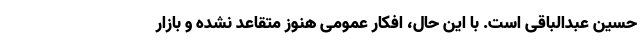
حسین عبدالباقی است. با این حال، افکار عمومی هنوز متقاعد نشده و بازار